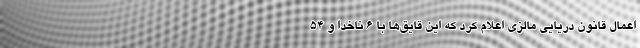
اعمال قانون دریایی مالزی اعلام کرد که این قایق‌ها با ۶ ناخدا و ۵۴